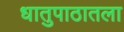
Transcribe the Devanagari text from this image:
धातुपाठातला